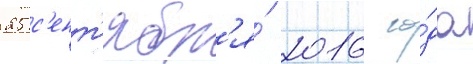
25 с'ент'ябр'я́ 2016 го́да